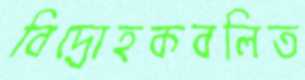
বিদ্রোহকবলিত